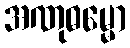
အဏုဓမ္မော